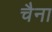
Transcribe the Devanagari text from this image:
चैना